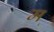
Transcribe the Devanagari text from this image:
मॣ